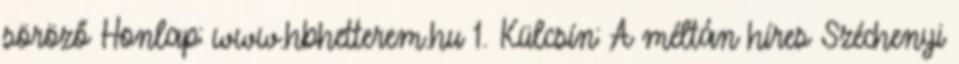
söröző Honlap: www.hbhetterem.hu 1. Külcsín: A méltán híres Széchenyi